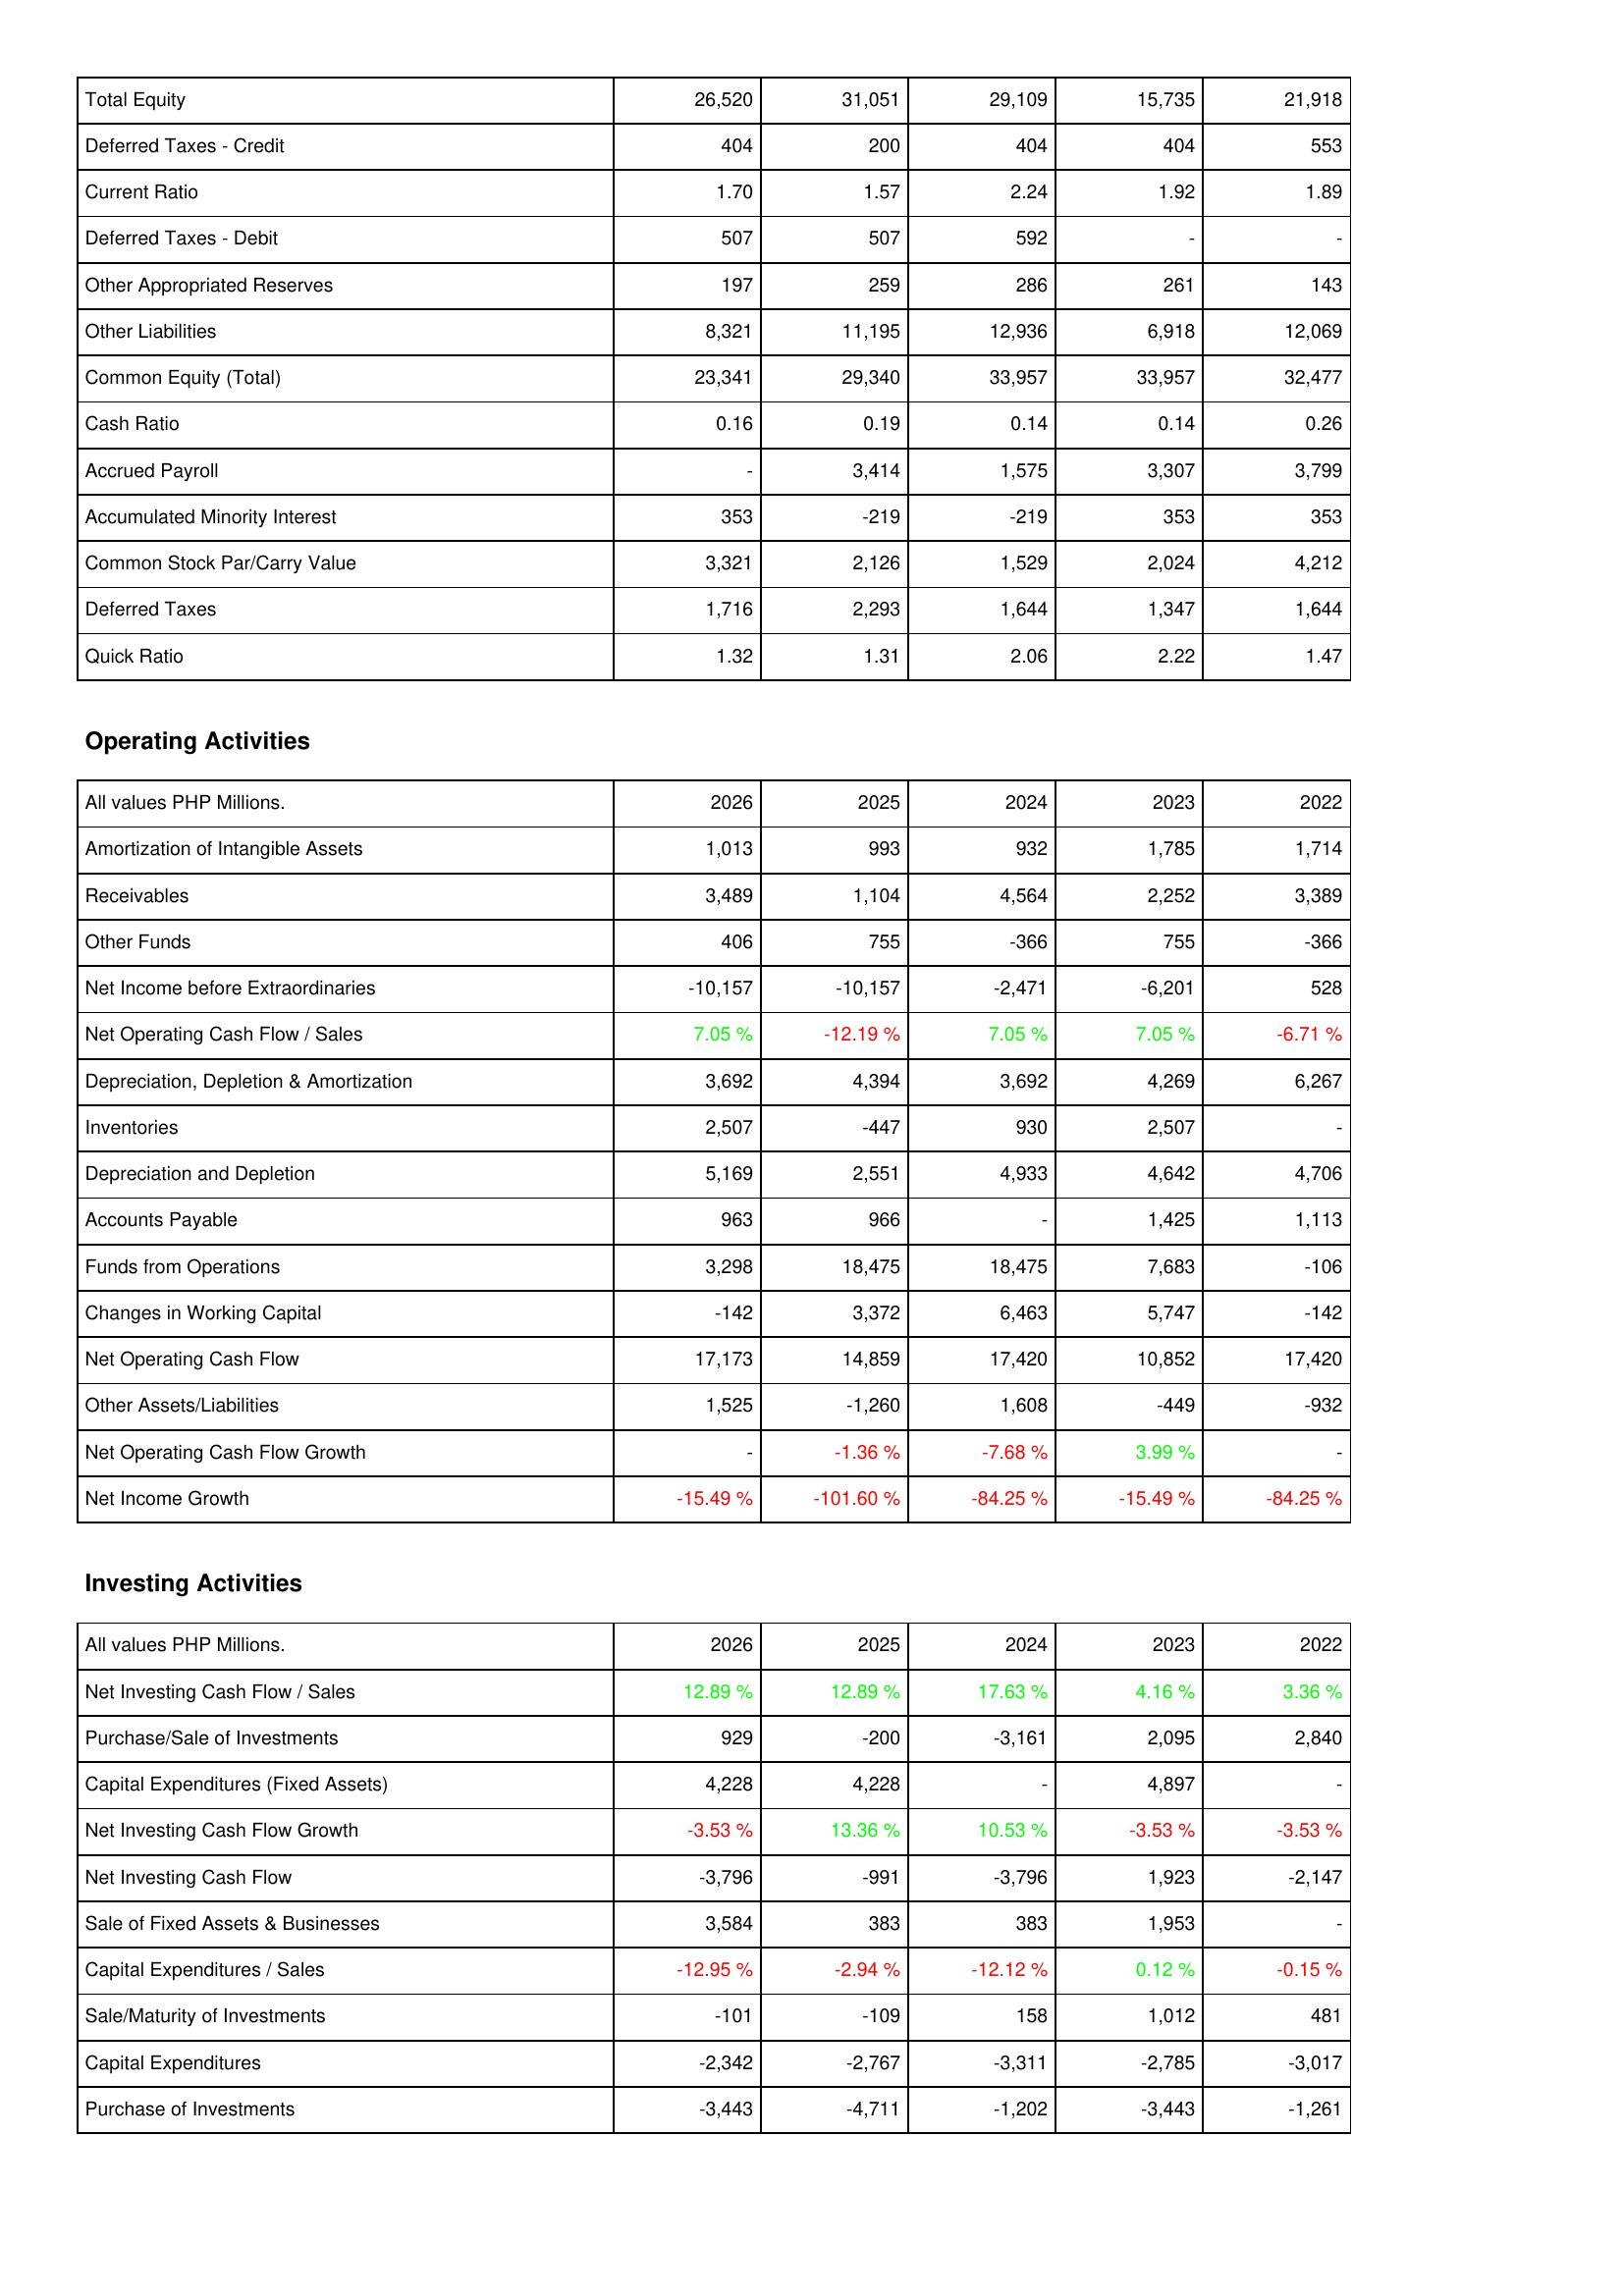
2026: Liabilities & Shareholders' Equity: Total Equity: 26,520
Deferred Taxes - Credit: 404
Current Ratio: 1.70
Deferred Taxes - Debit: 507
Other Appropriated Reserves: 197
Other Liabilities: 8,321
Common Equity (Total): 23,341
Cash Ratio: 0.16
Accrued Payroll: -
Accumulated Minority Interest: 353
Common Stock Par/Carry Value: 3,321
Deferred Taxes: 1,716
Quick Ratio: 1.32
Operating Activities: Amortization of Intangible Assets: 1,013
Receivables: 3,489
Other Funds: 406
Net Income before Extraordinaries: -10,157
Net Operating Cash Flow / Sales: 7.05 %
Depreciation, Depletion & Amortization: 3,692
Inventories: 2,507
Depreciation and Depletion: 5,169
Accounts Payable: 963
Funds from Operations: 3,298
Changes in Working Capital: -142
Net Operating Cash Flow: 17,173
Other Assets/Liabilities: 1,525
Net Operating Cash Flow Growth: -
Net Income Growth: -15.49 %
Investing Activities: Net Investing Cash Flow / Sales: 12.89 %
Purchase/Sale of Investments: 929
Capital Expenditures (Fixed Assets): 4,228
Net Investing Cash Flow Growth: -3.53 %
Net Investing Cash Flow: -3,796
Sale of Fixed Assets & Businesses: 3,584
Capital Expenditures / Sales: -12.95 %
Sale/Maturity of Investments: -101
Capital Expenditures: -2,342
Purchase of Investments: -3,443
2025: Liabilities & Shareholders' Equity: Total Equity: 31,051
Deferred Taxes - Credit: 200
Current Ratio: 1.57
Deferred Taxes - Debit: 507
Other Appropriated Reserves: 259
Other Liabilities: 11,195
Common Equity (Total): 29,340
Cash Ratio: 0.19
Accrued Payroll: 3,414
Accumulated Minority Interest: -219
Common Stock Par/Carry Value: 2,126
Deferred Taxes: 2,293
Quick Ratio: 1.31
Operating Activities: Amortization of Intangible Assets: 993
Receivables: 1,104
Other Funds: 755
Net Income before Extraordinaries: -10,157
Net Operating Cash Flow / Sales: -12.19 %
Depreciation, Depletion & Amortization: 4,394
Inventories: -447
Depreciation and Depletion: 2,551
Accounts Payable: 966
Funds from Operations: 18,475
Changes in Working Capital: 3,372
Net Operating Cash Flow: 14,859
Other Assets/Liabilities: -1,260
Net Operating Cash Flow Growth: -1.36 %
Net Income Growth: -101.60 %
Investing Activities: Net Investing Cash Flow / Sales: 12.89 %
Purchase/Sale of Investments: -200
Capital Expenditures (Fixed Assets): 4,228
Net Investing Cash Flow Growth: 13.36 %
Net Investing Cash Flow: -991
Sale of Fixed Assets & Businesses: 383
Capital Expenditures / Sales: -2.94 %
Sale/Maturity of Investments: -109
Capital Expenditures: -2,767
Purchase of Investments: -4,711
2024: Liabilities & Shareholders' Equity: Total Equity: 29,109
Deferred Taxes - Credit: 404
Current Ratio: 2.24
Deferred Taxes - Debit: 592
Other Appropriated Reserves: 286
Other Liabilities: 12,936
Common Equity (Total): 33,957
Cash Ratio: 0.14
Accrued Payroll: 1,575
Accumulated Minority Interest: -219
Common Stock Par/Carry Value: 1,529
Deferred Taxes: 1,644
Quick Ratio: 2.06
Operating Activities: Amortization of Intangible Assets: 932
Receivables: 4,564
Other Funds: -366
Net Income before Extraordinaries: -2,471
Net Operating Cash Flow / Sales: 7.05 %
Depreciation, Depletion & Amortization: 3,692
Inventories: 930
Depreciation and Depletion: 4,933
Accounts Payable: -
Funds from Operations: 18,475
Changes in Working Capital: 6,463
Net Operating Cash Flow: 17,420
Other Assets/Liabilities: 1,608
Net Operating Cash Flow Growth: -7.68 %
Net Income Growth: -84.25 %
Investing Activities: Net Investing Cash Flow / Sales: 17.63 %
Purchase/Sale of Investments: -3,161
Capital Expenditures (Fixed Assets): -
Net Investing Cash Flow Growth: 10.53 %
Net Investing Cash Flow: -3,796
Sale of Fixed Assets & Businesses: 383
Capital Expenditures / Sales: -12.12 %
Sale/Maturity of Investments: 158
Capital Expenditures: -3,311
Purchase of Investments: -1,202
2023: Liabilities & Shareholders' Equity: Total Equity: 15,735
Deferred Taxes - Credit: 404
Current Ratio: 1.92
Deferred Taxes - Debit: -
Other Appropriated Reserves: 261
Other Liabilities: 6,918
Common Equity (Total): 33,957
Cash Ratio: 0.14
Accrued Payroll: 3,307
Accumulated Minority Interest: 353
Common Stock Par/Carry Value: 2,024
Deferred Taxes: 1,347
Quick Ratio: 2.22
Operating Activities: Amortization of Intangible Assets: 1,785
Receivables: 2,252
Other Funds: 755
Net Income before Extraordinaries: -6,201
Net Operating Cash Flow / Sales: 7.05 %
Depreciation, Depletion & Amortization: 4,269
Inventories: 2,507
Depreciation and Depletion: 4,642
Accounts Payable: 1,425
Funds from Operations: 7,683
Changes in Working Capital: 5,747
Net Operating Cash Flow: 10,852
Other Assets/Liabilities: -449
Net Operating Cash Flow Growth: 3.99 %
Net Income Growth: -15.49 %
Investing Activities: Net Investing Cash Flow / Sales: 4.16 %
Purchase/Sale of Investments: 2,095
Capital Expenditures (Fixed Assets): 4,897
Net Investing Cash Flow Growth: -3.53 %
Net Investing Cash Flow: 1,923
Sale of Fixed Assets & Businesses: 1,953
Capital Expenditures / Sales: 0.12 %
Sale/Maturity of Investments: 1,012
Capital Expenditures: -2,785
Purchase of Investments: -3,443
2022: Liabilities & Shareholders' Equity: Total Equity: 21,918
Deferred Taxes - Credit: 553
Current Ratio: 1.89
Deferred Taxes - Debit: -
Other Appropriated Reserves: 143
Other Liabilities: 12,069
Common Equity (Total): 32,477
Cash Ratio: 0.26
Accrued Payroll: 3,799
Accumulated Minority Interest: 353
Common Stock Par/Carry Value: 4,212
Deferred Taxes: 1,644
Quick Ratio: 1.47
Operating Activities: Amortization of Intangible Assets: 1,714
Receivables: 3,389
Other Funds: -366
Net Income before Extraordinaries: 528
Net Operating Cash Flow / Sales: -6.71 %
Depreciation, Depletion & Amortization: 6,267
Inventories: -
Depreciation and Depletion: 4,706
Accounts Payable: 1,113
Funds from Operations: -106
Changes in Working Capital: -142
Net Operating Cash Flow: 17,420
Other Assets/Liabilities: -932
Net Operating Cash Flow Growth: -
Net Income Growth: -84.25 %
Investing Activities: Net Investing Cash Flow / Sales: 3.36 %
Purchase/Sale of Investments: 2,840
Capital Expenditures (Fixed Assets): -
Net Investing Cash Flow Growth: -3.53 %
Net Investing Cash Flow: -2,147
Sale of Fixed Assets & Businesses: -
Capital Expenditures / Sales: -0.15 %
Sale/Maturity of Investments: 481
Capital Expenditures: -3,017
Purchase of Investments: -1,261